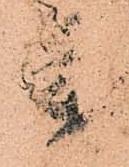
参